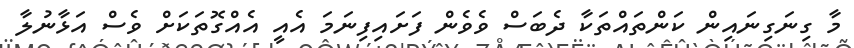
މާ ގިނަގިނައިން ކަންތައްތަކާ ދެބަސް ވެވެން ފަށައިފިނަމަ އެއީ އެއްގޮތަކަށް ވެސް އަޅާނުލާ